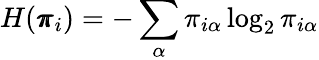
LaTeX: H(\pmb{\pi}_{i})=-\sum_{\alpha}\pi_{i\alpha}\log_{2}\pi_{i\alpha}